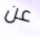
عن